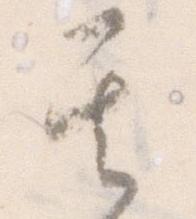
其